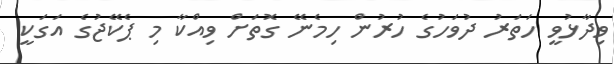
ވިދާޅުވީ ހަތަރު ދުވަހުގެ ހުރުން ހިމެނޭ ގޮތަށް ވިއްކާ މި ޕެކޭޖުގެ އަގަކީ